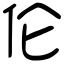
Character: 伦